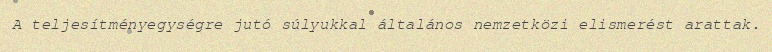
A teljesítményegységre jutó súlyukkal általános nemzetközi elismerést arattak.